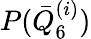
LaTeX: P(\bar{Q}_{\mathrm{6}}^{(i)})